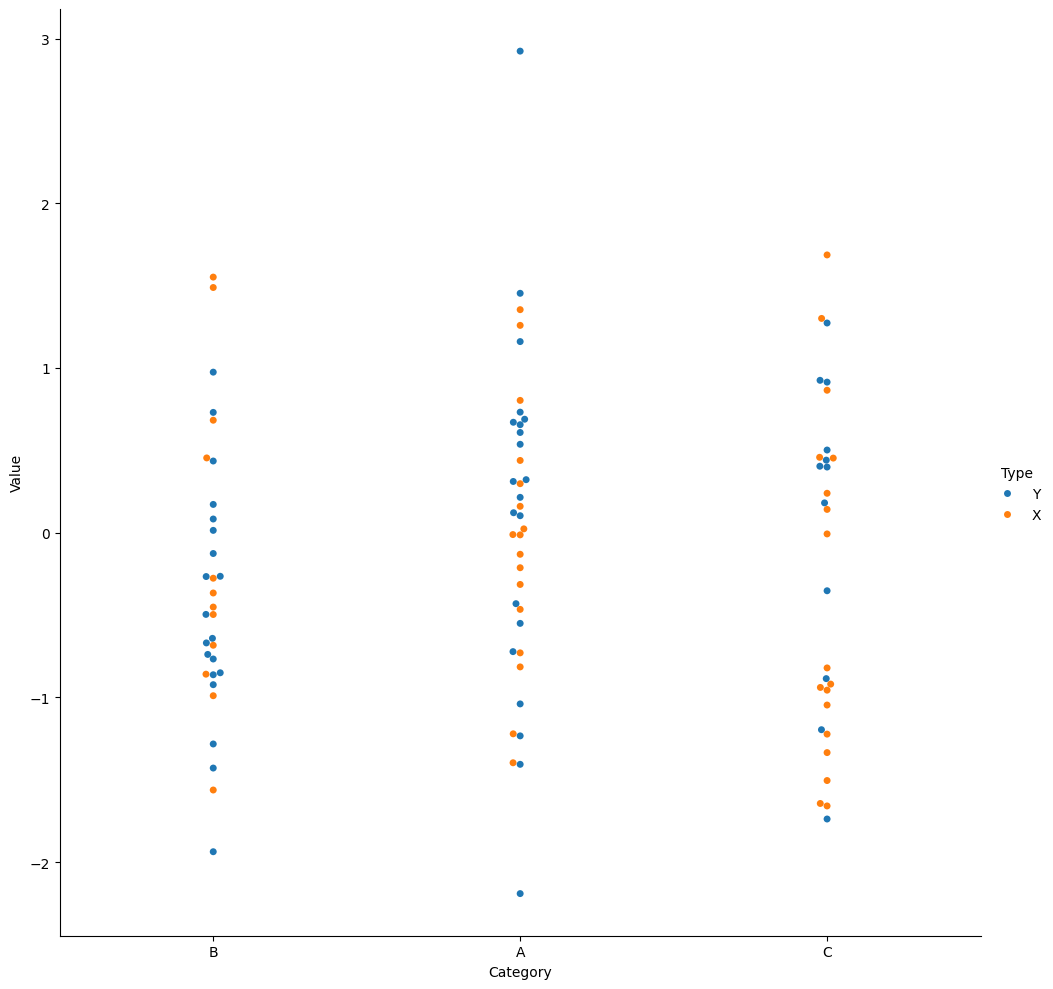
python, seaborn, catplot, kind='swarm', height=10, aspect=1